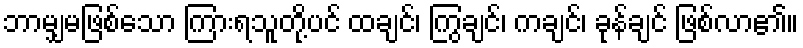
ဘာမျှမဖြစ်သော ကြားရသူတို့ပင် ထချင်၊ ကြွချင်၊ ကချင်၊ ခုန်ချင် ဖြစ်လာ၏။